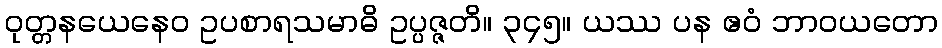
ဝုတ္တနယေနေဝ ဥပစာရသမာဓိ ဥပ္ပဇ္ဇတိ။ ၃၄၅။ ယဿ ပန ဧဝံ ဘာဝယတော